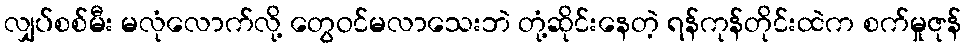
လျှပ်စစ်မီး မလုံလောက်လို့ တွေဝင်မလာသေးဘဲ တုံ့ဆိုင်းနေတဲ့ ရန်ကုန်တိုင်းထဲက စက်မှုဇုန်